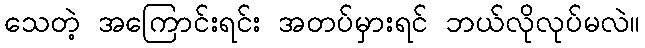
သေတဲ့ အကြောင်းရင်း အတပ်မှားရင် ဘယ်လိုလုပ်မလဲ။